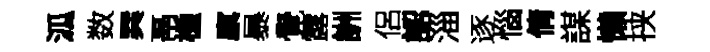
泒数巽鬲㮔廪暴覺露詶侶認淄逐惱倩謀懶挟